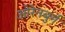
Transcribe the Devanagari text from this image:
ओरेनबुर्ग